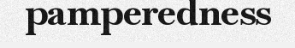
pamperedness